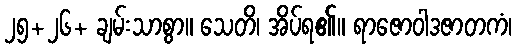
၂၅+၂၆+ ချမ်းသာစွာ။ သေတိ၊ အိပ်ရ၏။ ရာဇောဝါဒဇာတကံ၊